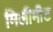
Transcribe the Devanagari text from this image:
मिलीमीट